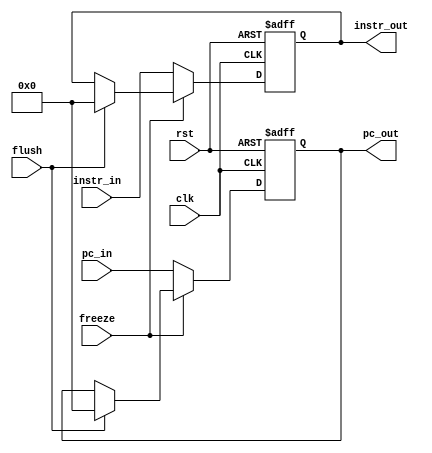
`timescale 1ps/1ps
module IF_ID_Reg(input clk,input rst,input freeze,input flush,input [31:0]pc_in,input [31:0]instr_in,
output reg [31:0]pc_out,output reg [31:0]instr_out);
	
	always@(posedge clk, posedge rst)
	begin
		if(rst)
		begin
			pc_out	<= 32'b0;
			instr_out <= 32'b0;
		end
		else if(~freeze)
		begin
			pc_out	<= pc_in;
			instr_out <= instr_in;
		end
		else if(flush)
		begin
			pc_out	<= 32'b0;
			instr_out <= 32'b0;
		end
	end
endmodule